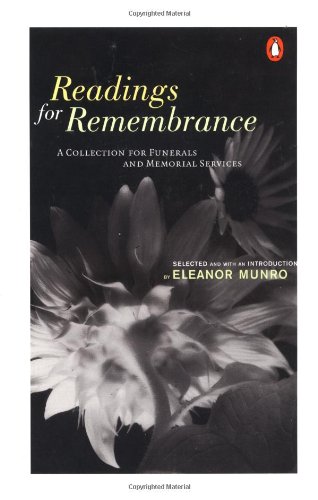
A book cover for Readings for Remembrance: A Collection for Funerals and Memorial Services; Various; Christian Books & Bibles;